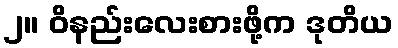
၂။ ဝိနည်းလေးစားဖို့က ဒုတိယ